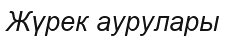
Жүрек аурулары